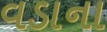
વડાના